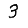
Digit: 3